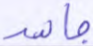
جاهد